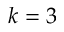
k = 3